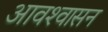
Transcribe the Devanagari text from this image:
आवश्‍वासन